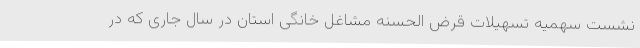
نشست سهمیه تسهیلات قرض الحسنه مشاغل خانگی استان در سال جاری که در